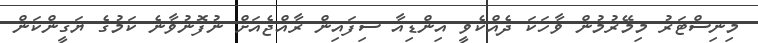
މިނިސްޓަރު މިމޭރުމުން ވާހަކަ ދެއްކެވީ އިންޑިއާ ސިފައިން ރާއްޖެއަށް ނުފޮނުވާނެ ކަމުގެ ޔަގީންކަން